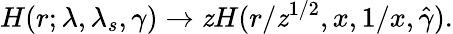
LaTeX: H(r;\lambda,\lambda_{s},\gamma)\to\mathit{z}H(r/\mathit{z}^{1/2},x,1/x,\hat{{\gamma}}).